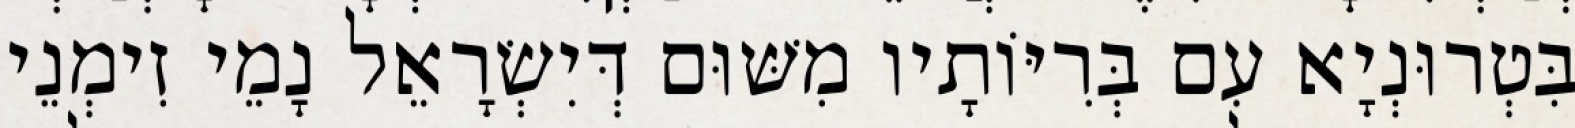
בִּטְרוּנְיָא עִם בְּרִיּוֹתָיו מִשּׁוּם דְּיִשְׂרָאֵל נָמֵי זִימְנֵי